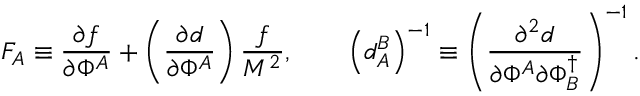
F _ { A } \equiv \frac { \partial f } { \partial \Phi ^ { A } } + \left( \frac { \partial d } { \partial \Phi ^ { A } } \right) \frac { f } { M ^ { 2 } } , \qquad \left( d _ { A } ^ { B } \right) ^ { - 1 } \equiv \left( \frac { \partial ^ { 2 } d } { \partial \Phi ^ { A } \partial \Phi _ { B } ^ { \dagger } } \right) ^ { - 1 } .